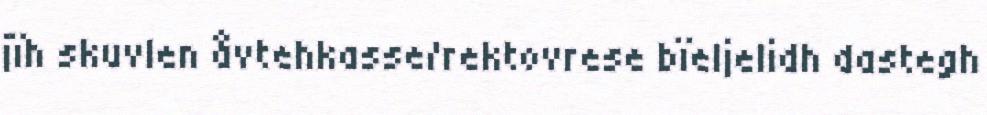
jïh skuvlen åvtehkasse/rektovrese bïeljelidh dastegh